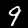
Digit: 9